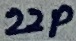
Text: 22p